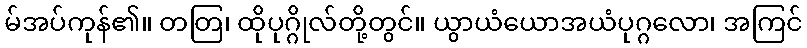
မ်အပ်ကုန်၏။ တတြ၊ ထိုပုဂ္ဂိုလ်တို့တွင်။ ယွာယံယောအယံပုဂ္ဂလော၊ အကြင်